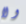
ولا